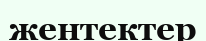
жентектер